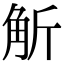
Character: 𧣊